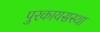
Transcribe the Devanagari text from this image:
पुरकायसस्था